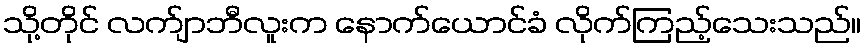
သို့တိုင် လက်ျာဘီလူးက နောက်ယောင်ခံ လိုက်ကြည့်သေးသည်။